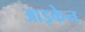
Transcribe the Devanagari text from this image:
आइकेन